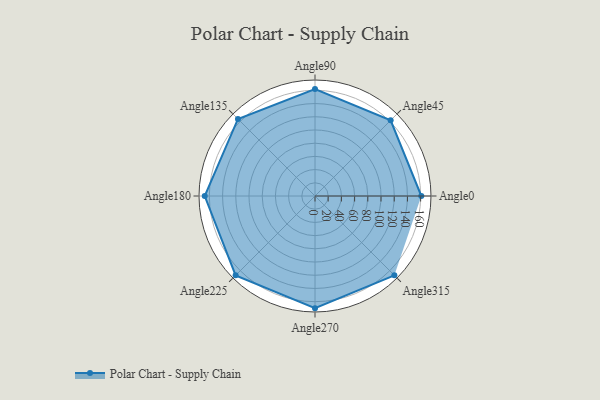
{"axis": {"x": "Angle", "y": "Radius"}, "legend": [""], "data": [{"x": "Angle0", "y": 161.0, "type": ""}, {"x": "Angle45", "y": 162.0, "type": ""}, {"x": "Angle90", "y": 162.0, "type": ""}, {"x": "Angle135", "y": 165.0, "type": ""}, {"x": "Angle180", "y": 167.0, "type": ""}, {"x": "Angle225", "y": 170, "type": ""}, {"x": "Angle270", "y": 170, "type": ""}, {"x": "Angle315", "y": 170, "type": ""}]}